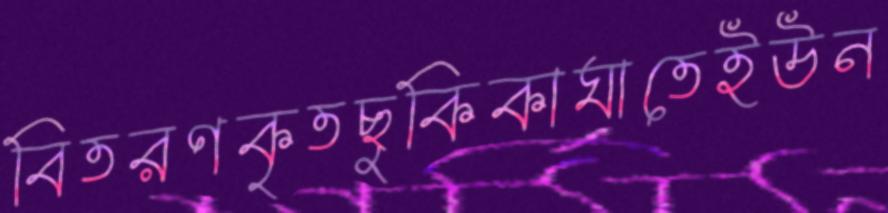
বিতরণকৃতছুকিকাঘাতেইউন